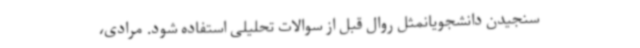
سنجیدن دانشجویانمثل روال قبل از سوالات تحلیلی استفاده شود. مرادی،